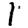
Digit: 1